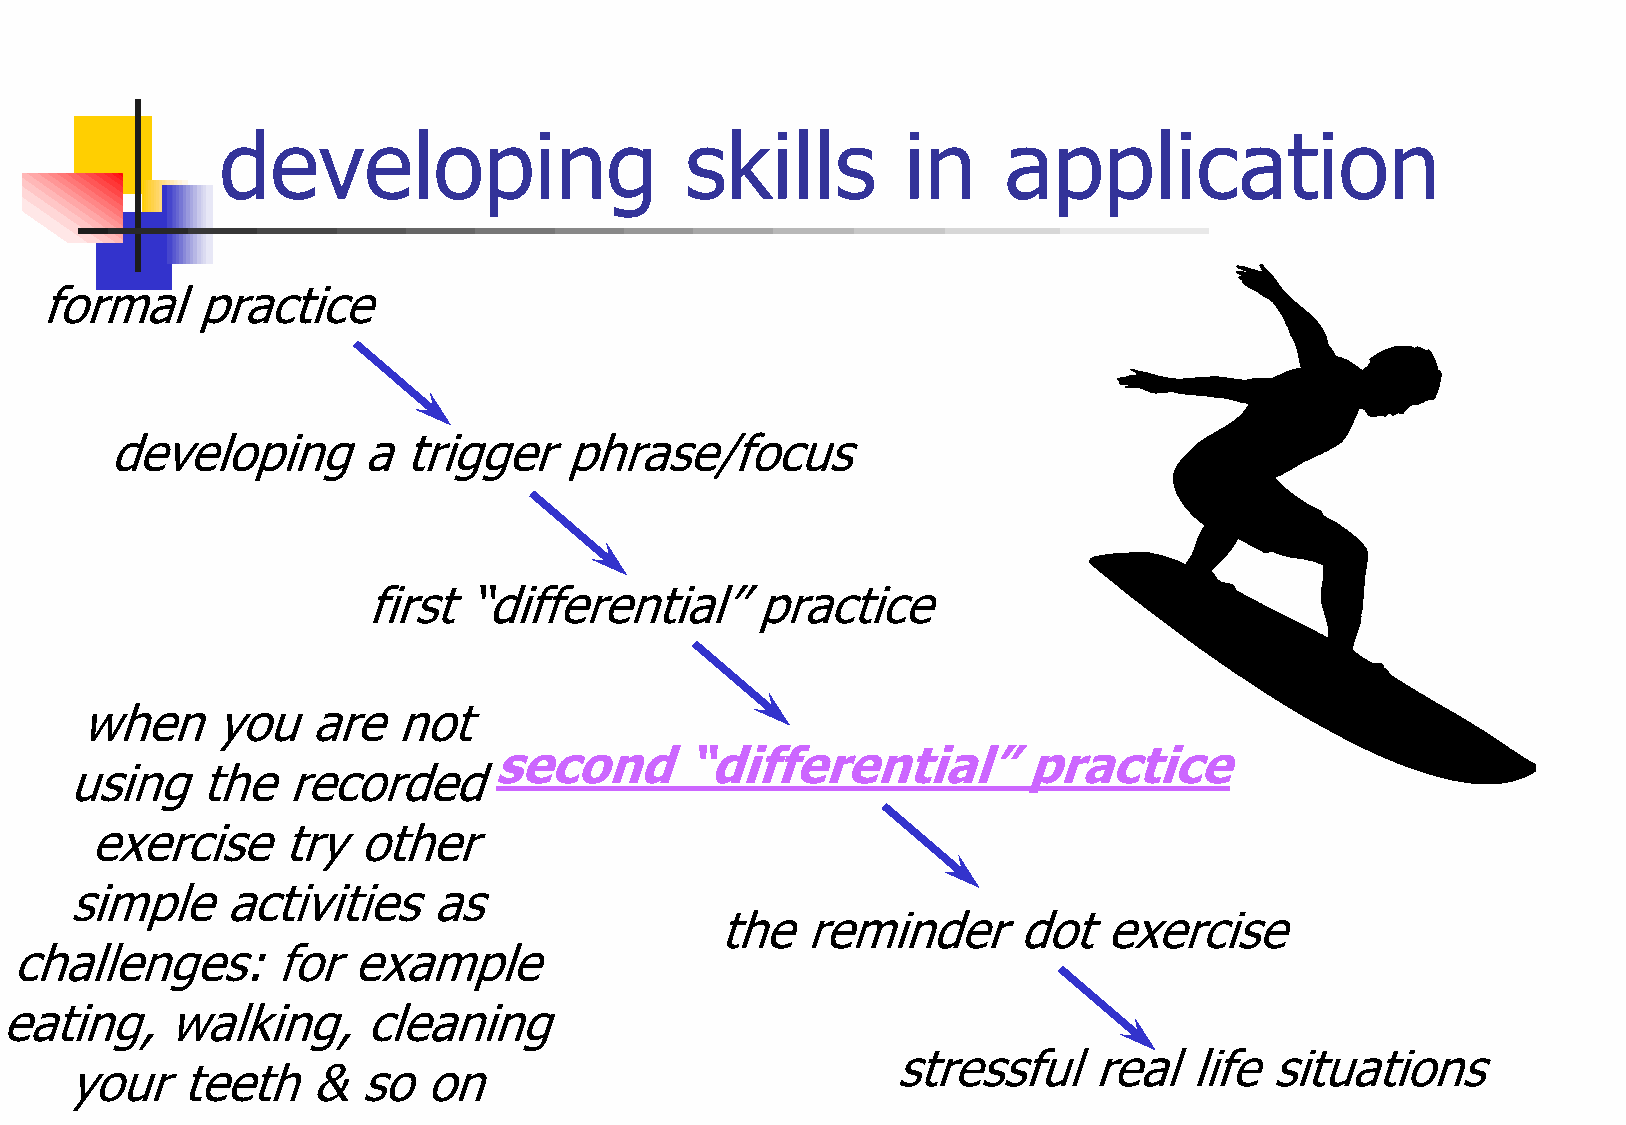
developing                    skills         in    application
 formal    practice
 developing       a  trigger   phrase/focus
 first  “differential”     practice
 when     you   are   not
 second      “differential”         practice
 using    the   recorded
 exercise     try  other
 simple     activities    as
 the  reminder      dot   exercise
 challenges:      for  example
 eating,    walking,     cleaning
 stressful    real   life situations
 your    teeth   &   so  on